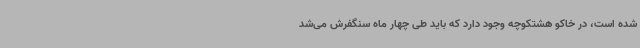
شده است، در خاکو هشتکوچه وجود دارد که باید طی چهار ماه سنگفرش می‌شد